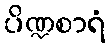
ပိဏ္ဍစာရံ